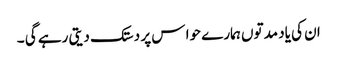
ان کی یاد مدتوں ہمارے حوا س پر دستک دیتی رہے گی ۔